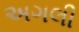
અગલી